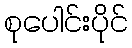
စုပေါင်းပိုင်